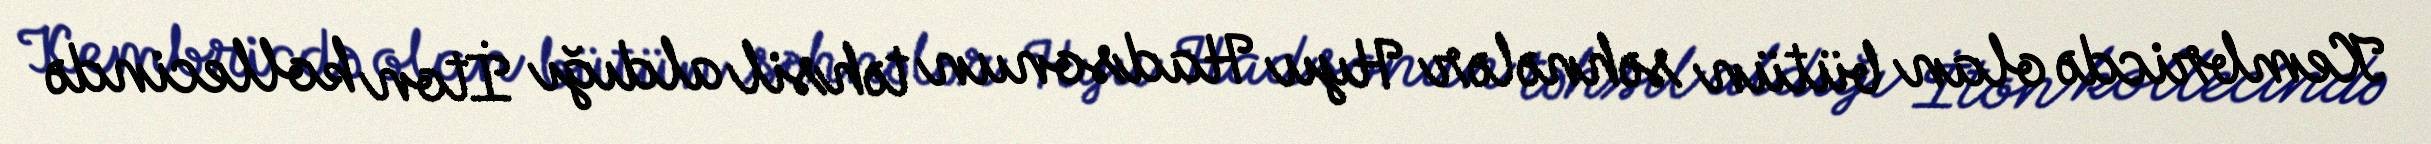
Kembricdə olan bütün səhnələr Hyu Hadsonun təhsil aldığı İton kollecində